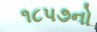
૧૮પ૭નો